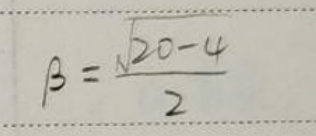
\(\beta = \frac{\sqrt{20 - 4}}{2}\)